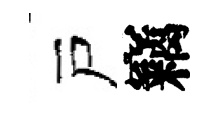
戸竊